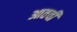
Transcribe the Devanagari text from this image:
आतवी